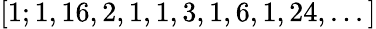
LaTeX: [1;1,16,2,1,1,3,1,6,1,24,...]